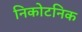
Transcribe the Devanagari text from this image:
निकोटनिक